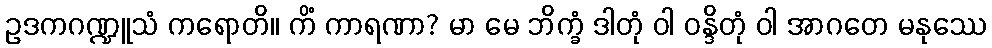
ဥဒကဂဏ္ဍူသံ ကရောတိ။ ကိံ ကာရဏာ? မာ မေ ဘိက္ခံ ဒါတုံ ဝါ ဝန္ဒိတုံ ဝါ အာဂတေ မနုဿေ